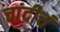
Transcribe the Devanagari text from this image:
चांदीचं